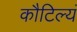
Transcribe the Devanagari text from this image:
कौटिल्यं